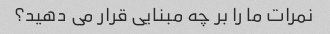
نمرات ما را بر چه مبنایی قرار می دهید؟